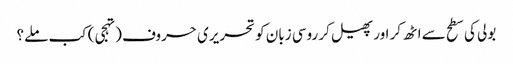
بولی کی سطح سے اٹھ کر اور پھیل کر روسی زبان کو تحریری حروف (تہجی) کب ملے؟